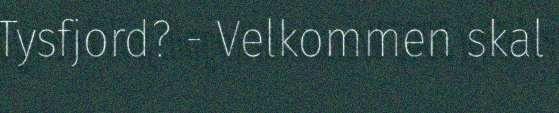
Tysfjord? - Velkommen skal